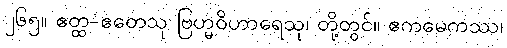
၂၆၅။ ဧတ္ထ-ဧတေသု ဗြဟ္မဝိဟာရေသု၊ တို့တွင်။ ဧကမေကဿ၊